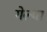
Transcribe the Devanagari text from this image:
गेल्था